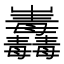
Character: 𱜕